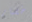
خضار